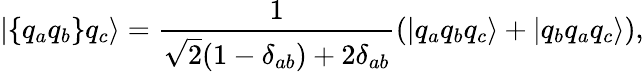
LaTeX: |\{ q_{a}q_{b}\} q_{c}\rangle=\frac{1}{\sqrt{2}(1-\delta_{ab})+2\delta_{ab}}(|q_{a}q_{b}q_{c}\rangle+|q_{b}q_{a}q_{c}\rangle),